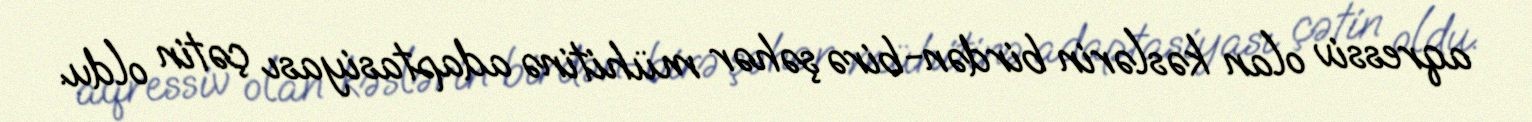
aqressiv olan kəslərin birdən-birə şəhər mühitinə adaptasiyası çətin oldu.